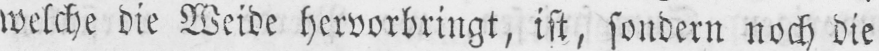
welche die Weide hervorbringt, ist, sondern noch die